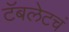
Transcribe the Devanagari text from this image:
टॅबलेटचं